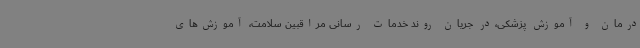
درمان و آموزش پزشکی،در جریان روند خدمات رسانی مراقبین سلامت، آموزش‌های